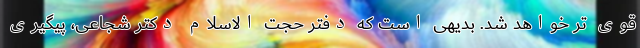
قوی تر خواهد شد. بدیهی است که دفتر حجت الاسلام دکتر شجاعی، پیگیری